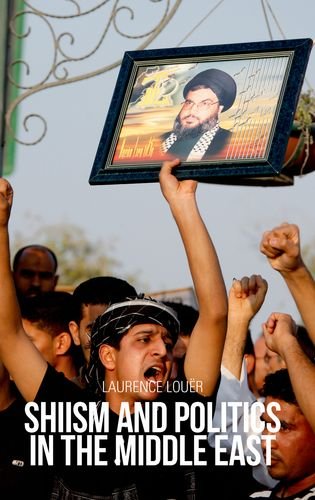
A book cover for Shiism and Politics in the Middle East (Comparative Politcs and International Studies); Laurence Louer; Religion & Spirituality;